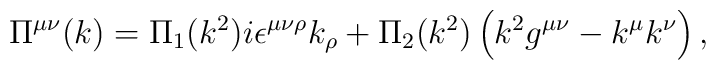
\Pi^{\mu \nu}(k) = \Pi_{1}(k^2) i \epsilon^{\mu\nu \rho} k_{\rho} +\Pi_{2}(k^2) \left( k^{2} g^{\mu \nu} -k^{\mu}k^{\nu} \right) ,